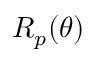
R _ { p } ( \theta )